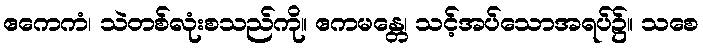
ဧကေကံ၊ သဲတစ်လုံးစသည်ကို။ ဧကမန္တေ၊ သင့်အပ်သောအရပ်၌။ သစေ